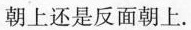
朝上还是反面朝上.